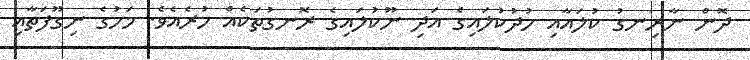
ދޮން ނާރިނގު ކުލައާއި ހުދުކުލައިގެ އަދި ނޫކުލައިގެ ރޮނގުތަކެއް ހުރެއެވެ. މަހުގެ ނިގޫފަތާއި